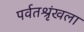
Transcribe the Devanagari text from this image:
पर्वतश्रृंखला